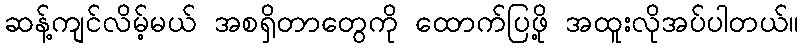
ဆန့်ကျင်လိမ့်မယ် အစရှိတာတွေကို ထောက်ပြဖို့ အထူးလိုအပ်ပါတယ်။